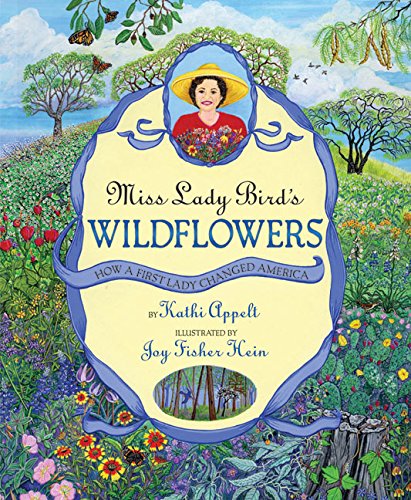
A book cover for Miss Lady Bird's Wildflowers: How a First Lady Changed America; Kathi Appelt; Children's Books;